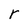
Character: r